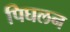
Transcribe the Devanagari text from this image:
पिघलन